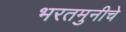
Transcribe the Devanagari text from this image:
भरतमुनीचे